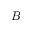
B